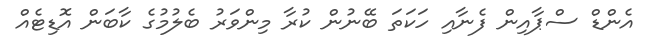
އެންޑް ސްޕާއިން ފެނާއި ހަކަތަ ބޭނުން ކުރާ މިންވަރު ބެލުމުގެ ކާބަން އޮޑިޓެއް